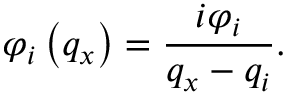
{ { \varphi } _ { i } } \left( { { q } _ { x } } \right) = \frac { i { { \varphi } _ { i } } } { { { q } _ { x } } - { { q } _ { i } } } .